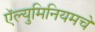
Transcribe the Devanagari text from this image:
ऍल्युमिनियमचे